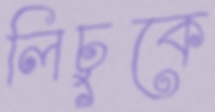
লিচুকে